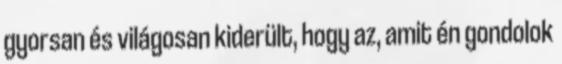
gyorsan és világosan kiderült, hogy az, amit én gondolok